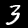
Digit: 3